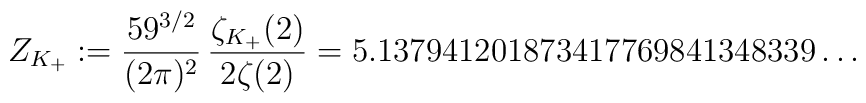
Z_{K_+}:=\frac{59^{3/2}}{(2\pi)^2}\,\frac{\zeta_{K_+}(2)}{2\zeta(2)}=5.137941201873417769841348339\ldots